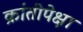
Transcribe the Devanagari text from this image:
क्रांतीपेक्षा